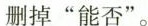
删掉”能否”。